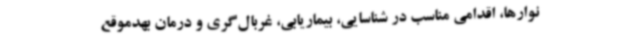
نوارها، اقدامی مناسب در شناسایی، بیماریابی، غربال‌گری و درمان بهدموقع